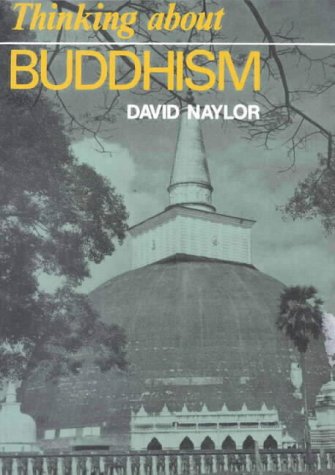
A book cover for Thinking about Buddhism (Thinking about Religion); David Naylor; Teen & Young Adult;